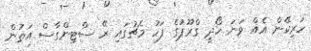
ހަރިކޭން އެއް ވަނަ ހޯދީ ގްރޫޕުގެ ފަހު މެޗުގައި ރޭ ސްޓިންގާސް އަތުން